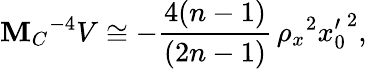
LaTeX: \mathbf{M}_{C}{}^{-4}V\cong-\frac{{4(n-1)}}{{(2n-1)}}\, \rho_{x}{}^{2}{x_{0}^{\prime}}^{2},